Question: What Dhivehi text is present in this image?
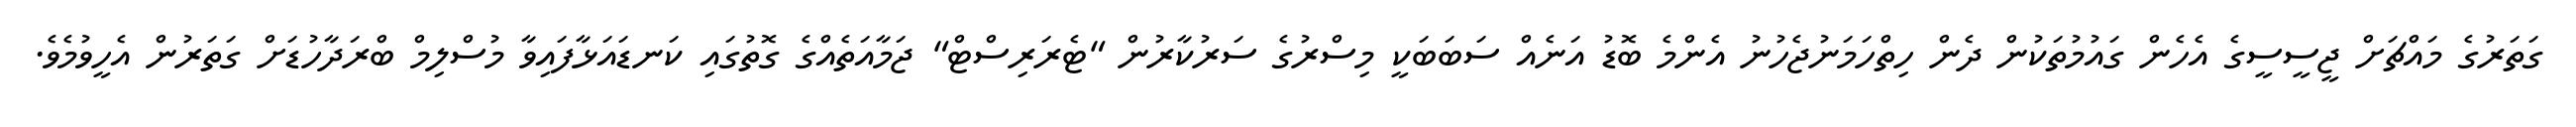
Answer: ގަތަރުގެ މައްޗަށް ޖީސީސީގެ އެހެން ގައުމުތަކުން ދެން ހިތްހަމަނުޖެހުނު އެންމެ ބޮޑު އަނެއް ސަބަބަކީ މިސްރުގެ ސަރުކާރުން "ޓެރަރިސްޓް" ޖަމާއަތެއްގެ ގޮތުގައި ކަނޑައަޅާފައިވާ މުސްލިމް ބްރަދާހުޑަށް ގަތަރުން އެހީވުމެވެ.